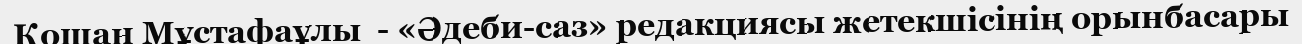
Қошан Мұстафаұлы  - «Әдеби-саз» редакциясы жетекшісінің орынбасары